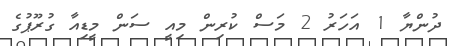
ދުންޔާ 1 އަހަރު 2 މަސް ކުރިން މިއީ ސަން މީޑިއާ ގުރޫޕުގެ